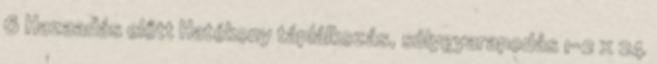
6 Hazaadás előtt Hatékony táplálkozás, súlygyarapodás 1-2 x 24